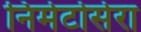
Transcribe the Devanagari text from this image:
निमेटोसेरा